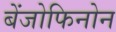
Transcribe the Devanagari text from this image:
बेंजोफिनोन